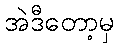
အဲဒီတော့မှ